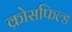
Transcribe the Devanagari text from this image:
क्रोसफिल्ड